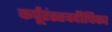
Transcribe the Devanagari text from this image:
कर्पूंरंस्तवदीपिका